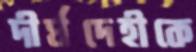
দীর্ঘদেহীকে